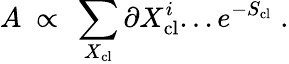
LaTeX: A~\propto~\sum_{X_{\mathrm{cl}}}\partial X_{\mathrm{cl}}^{i}...e^{-S_{\mathrm{cl}}}\; .